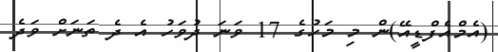
(އެމްއެފްޑީއޭ)ން މި މަހުގެ 17 ވަނަ ދުވަހު އެ ދެ ތަނަށް ވަދެ